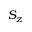
S _ { z }